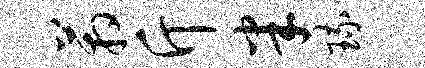
箱斤半琉